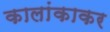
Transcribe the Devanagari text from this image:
कालांकाकर